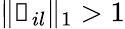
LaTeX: \| \boldsymbol{\mathscr{N}}_{il}\| _{1}>1